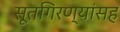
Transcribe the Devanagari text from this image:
सूतगिरण्यांसह